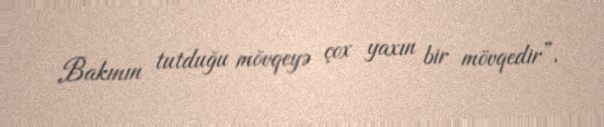
Bakının tutduğu mövqeyə çox yaxın bir mövqedir”.